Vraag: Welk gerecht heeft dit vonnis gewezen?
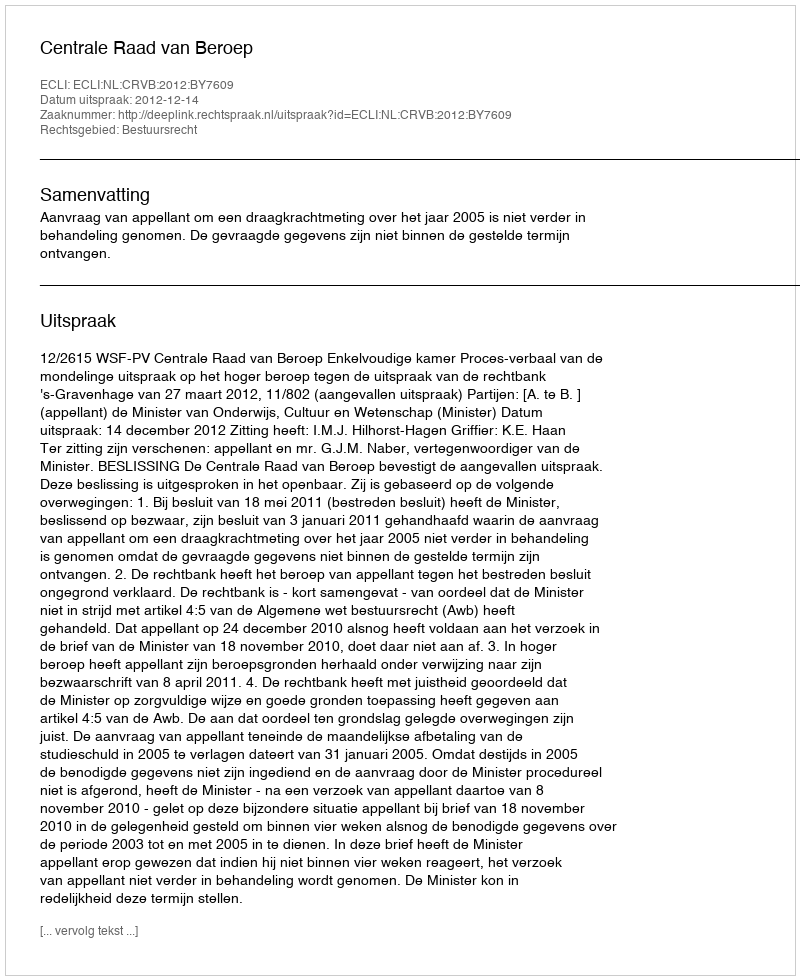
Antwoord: Centrale Raad van Beroep